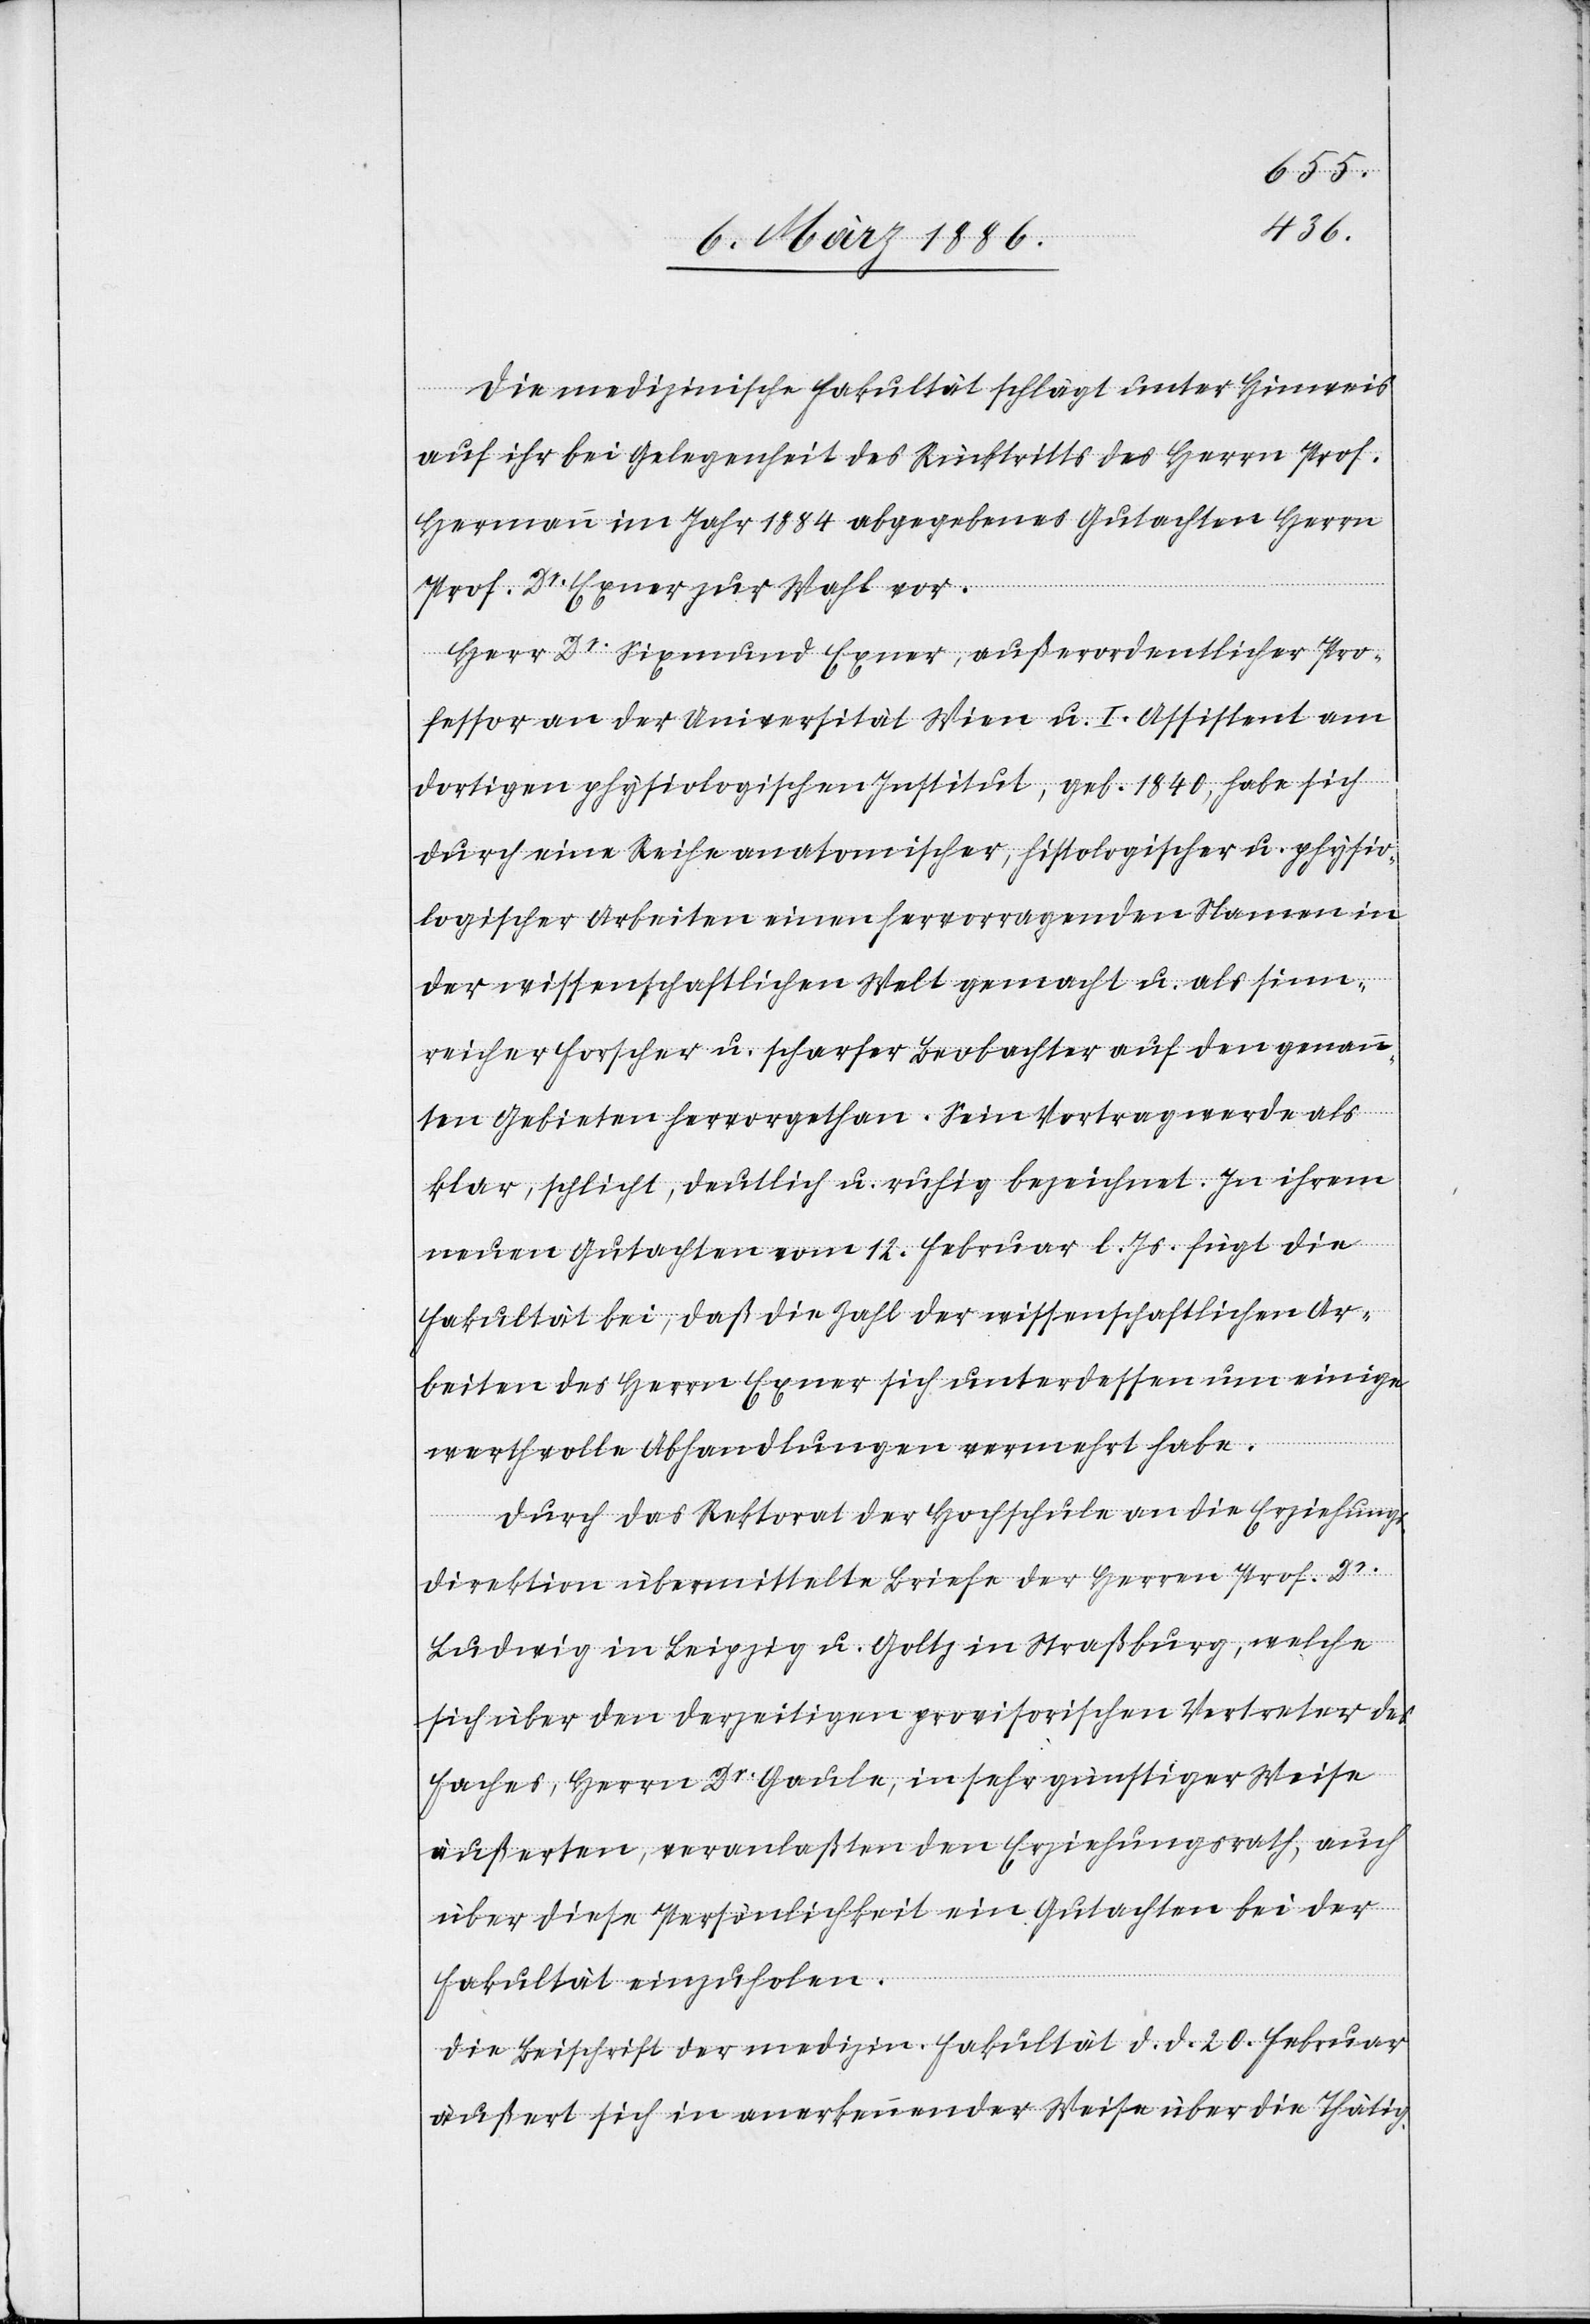
Die medizinische Fakultät schlägt unter Hinweis
auf ihr bei Gelegenheit des Rücktritts des Herrn Prof.
Hermann im Jahr 1884 abgegebene Gutachten Herrn
Prof. Dr. Exner zur Wahl vor.
Herr Dr. Sigmund Exner, außerordentlicher Pro¬
fessor an der Universität Wien u. I. Assistent am
dortigen physiologischen Institut, geb. 1840, habe sich
durch eine Reihe anatomischer, histologischer u. physio¬
logischer Arbeiten einen hervorragenden Namen in
der wissenschaftlichen Welt gemacht u. als sinn¬
reicher Forscher u. scharfer Beobachter auf den genann¬
ten Gebieten hervorgethan. Sein Vortrag werde als
klar, schlicht, deutlich u. richtig bezeichnet. In ihrem
neuen Gutachten vom 12. Februar l. Js. fügt die
Fakultät bei, daß die Zahl der wissenschaftlichen Ar¬
beiten des Herrn Exner sich unterdessen um einige
werthvolle Abhandlungen vermehrt habe.
Durch das Rektorat der Hochschule an die Erziehungs¬
direktion übermittelten Briefe der Herren Prof. Dr.
Ludwig in Leipzig u. Goltz in Straßburg, welche
sich über den derzeitigen provisorischen Vertreter des
Faches, Herrn Dr. Gaule, in sehr günstiger Weise
äußerten, veranlaßten den Erziehungsrath, auch
über diese Persönlichkeit ein Gutachten bei der
Fakultät einzuholen.
Die Leitschrift der medizin. Fakultät d. d. 20. Februar
äußert sich in anerkennender Weise über die Thätig-